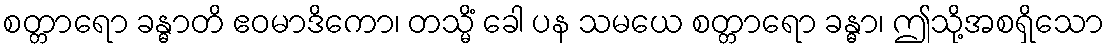
စတ္တာရော ခန္ဓာတိ ဧဝမာဒိကော၊ တသ္မိံ ခေါ ပန သမယေ စတ္တာရော ခန္ဓာ၊ ဤသို့အစရှိသော